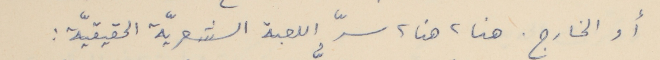
أو الخارج. هنا، هنا، سرّ اللعبة الشعريّة الحقيقيّة :